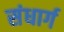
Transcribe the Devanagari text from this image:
संधार्ग